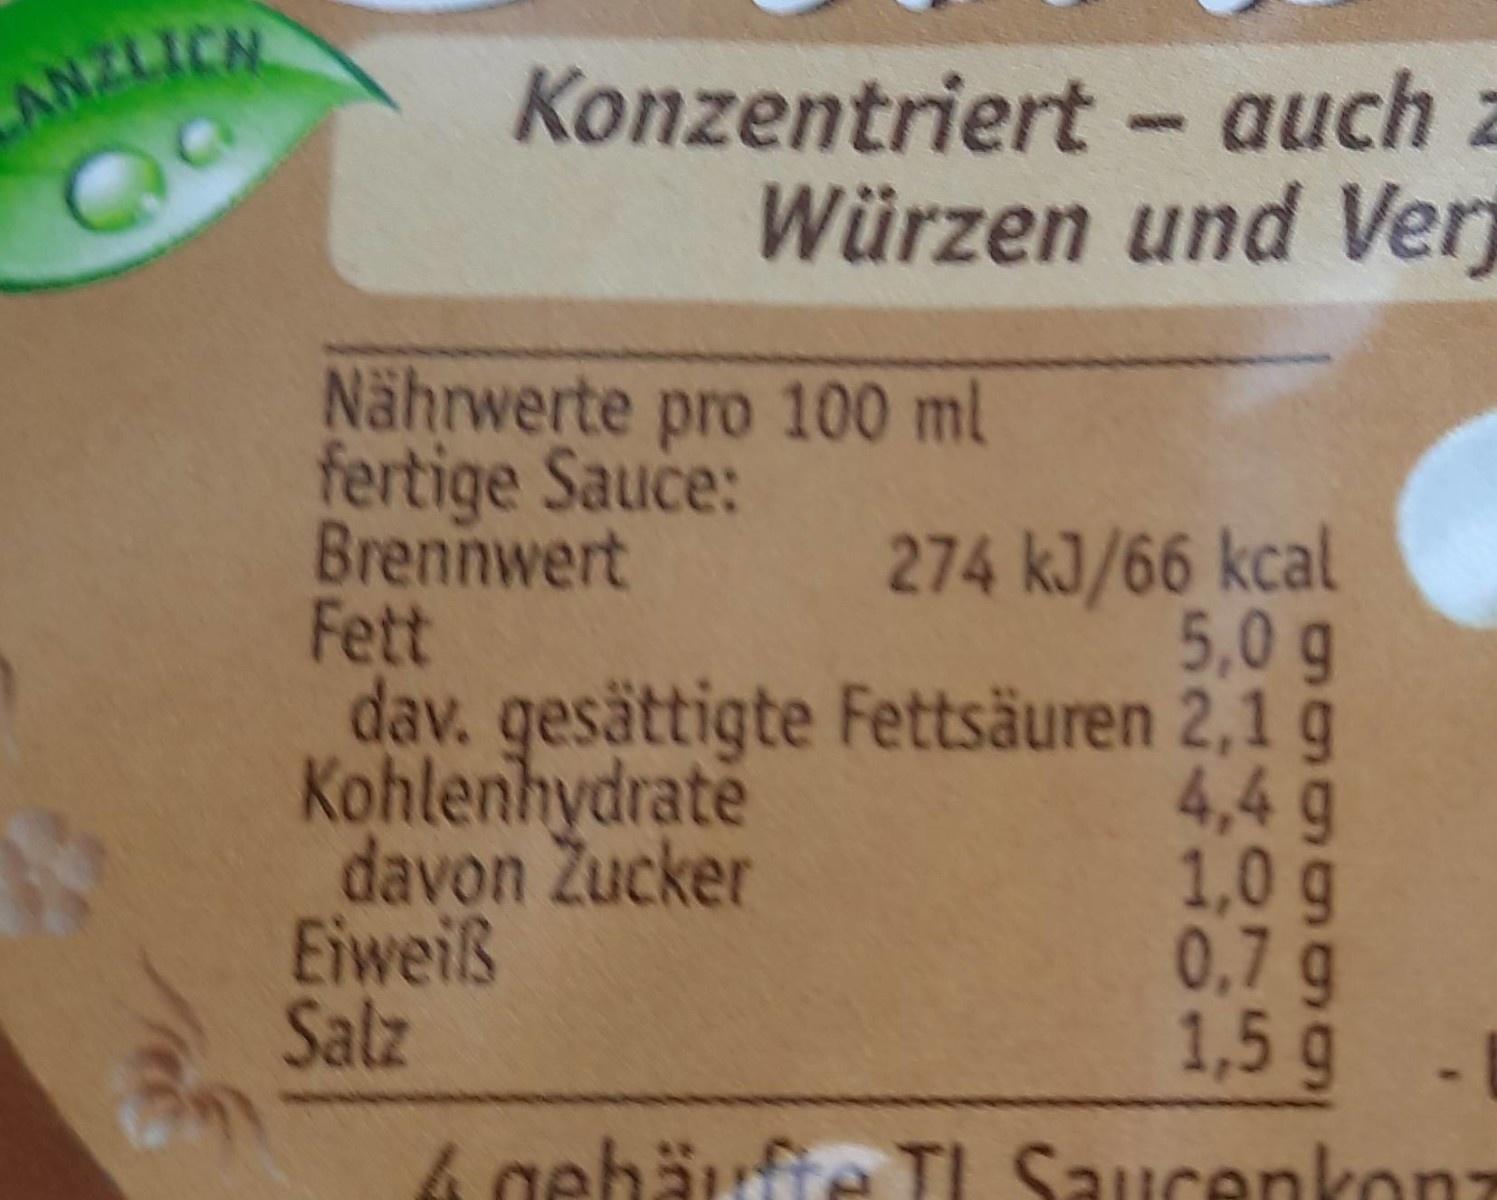
ANZLICH
Konzentriert- auch z Würzen und Ver
Nährwerte pro 100 ml fertige Sauce: Brennwert Fett dav. gesättigte Fettsäuren 2,1 g Kohlenhydrate davon Zucker Eiweiß Salz
274 kJ/66 kcal 5,0g
4,4g 1,0g 0.7 g 1,5 g
4 gebäufte TI Saucenkonz